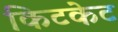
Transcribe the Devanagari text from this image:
किटकेट